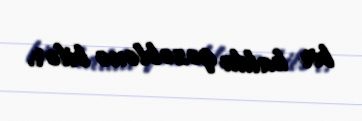
bir halda qəzəblənə bilər.